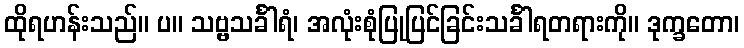
ထိုရဟန်းသည်။ ပ။ သဗ္ဗသင်္ခါရံ၊ အလုံးစုံပြုပြင်ခြင်းသင်္ခါရတရားကို။ ဒုက္ခတော၊